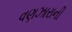
વણઝારાની